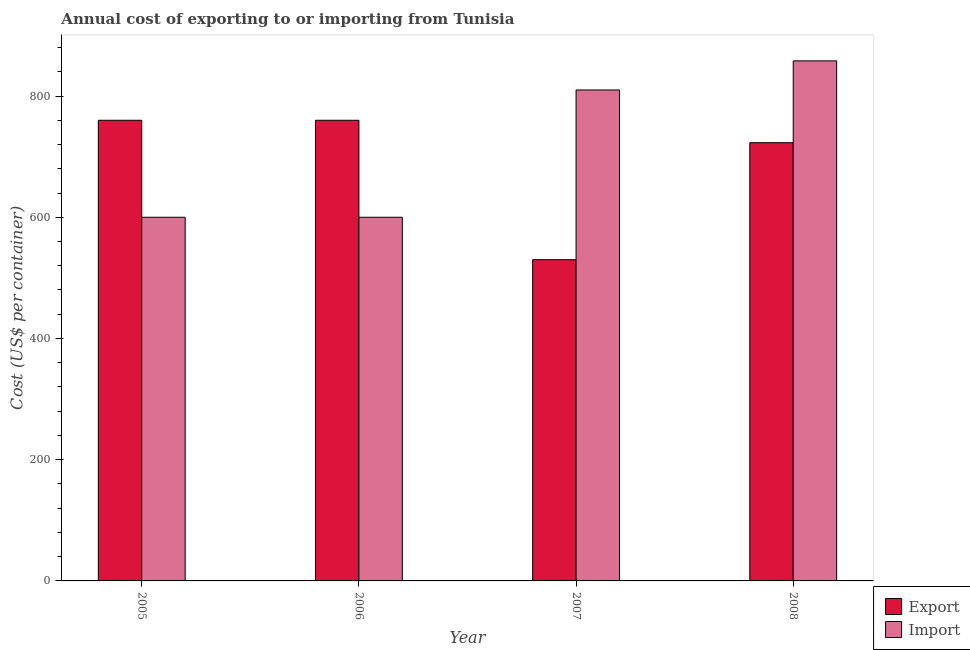
| Year | Export | Import |
 | --- | --- | --- |
 | 2005 | 760 | 600 |
 | 2006 | 760 | 600 |
 | 2007 | 530 | 810 |
 | 2008 | 723 | 858 |